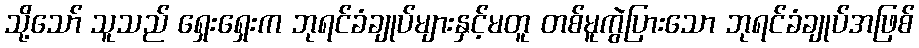
သို့သော် သူသည် ရှေးရှေးက ဘုရင်ခံချုပ်များနှင့်မတူ တစ်မူကွဲပြားသော ဘုရင်ခံချုပ်အဖြစ်